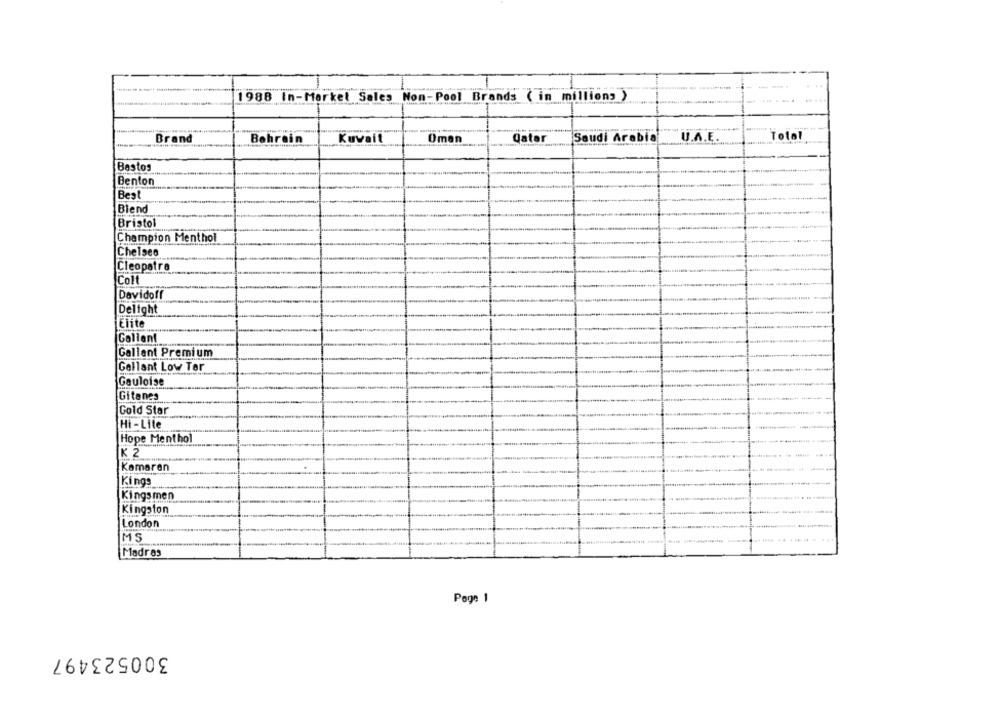
1988 In-Market Sales Non- Pool Brands ( in millions )
U.A.E
Total
Brand
Bahrain
Kuwait
Oman
Qatar
Saudi Arabia
Bastos
Benton
Best
Blend
Bristol
Champion Menthol
Chelsea
Cleopatra
Colt
Davidoff
Delight
Elite
Gallen!
Gallant Premium
Gallant Low Ter
Gauloise
Gitanes
Gold Star
Hi -Lite
Hope Menthol
K 2
Kamaren
Kings
Kingsmen
Kingston
London
MS
Madr 83
Page 1
300523497